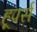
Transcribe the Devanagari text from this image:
हूपर्स